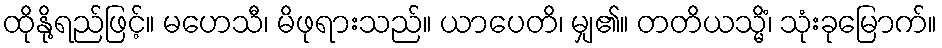
ထိုနို့ရည်ဖြင့်။ မဟေသီ၊ မိဖုရားသည်။ ယာပေတိ၊ မျှ၏။ တတိယသ္မိံ၊ သုံးခုမြောက်။